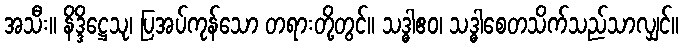
အသီး။ နိဒ္ဒိဋ္ဌေသု၊ ပြအပ်ကုန်သော တရားတို့တွင်။ သဒ္ဓါဧဝ၊ သဒ္ဓါစေတသိက်သည်သာလျှင်။